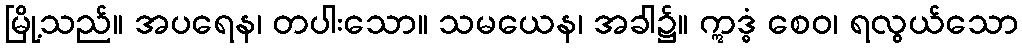
မြို့သည်။ အပရေန၊ တပါးသော။ သမယေန၊ အခါ၌။ ဣဒ္ဓံ စေဝ၊ ရလွယ်သော